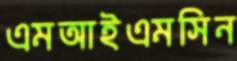
এমআইএমসিন